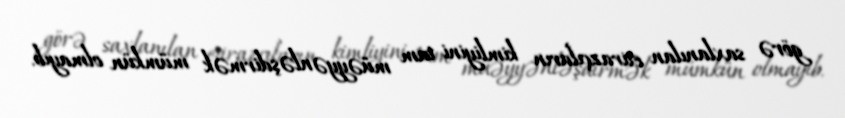
görə saxlanılan etirazçıların kimliyini tam müəyyənləşdirmək mümkün olmayıb.